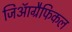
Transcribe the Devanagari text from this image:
जिऑग्रैफिकल